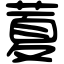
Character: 𦷜